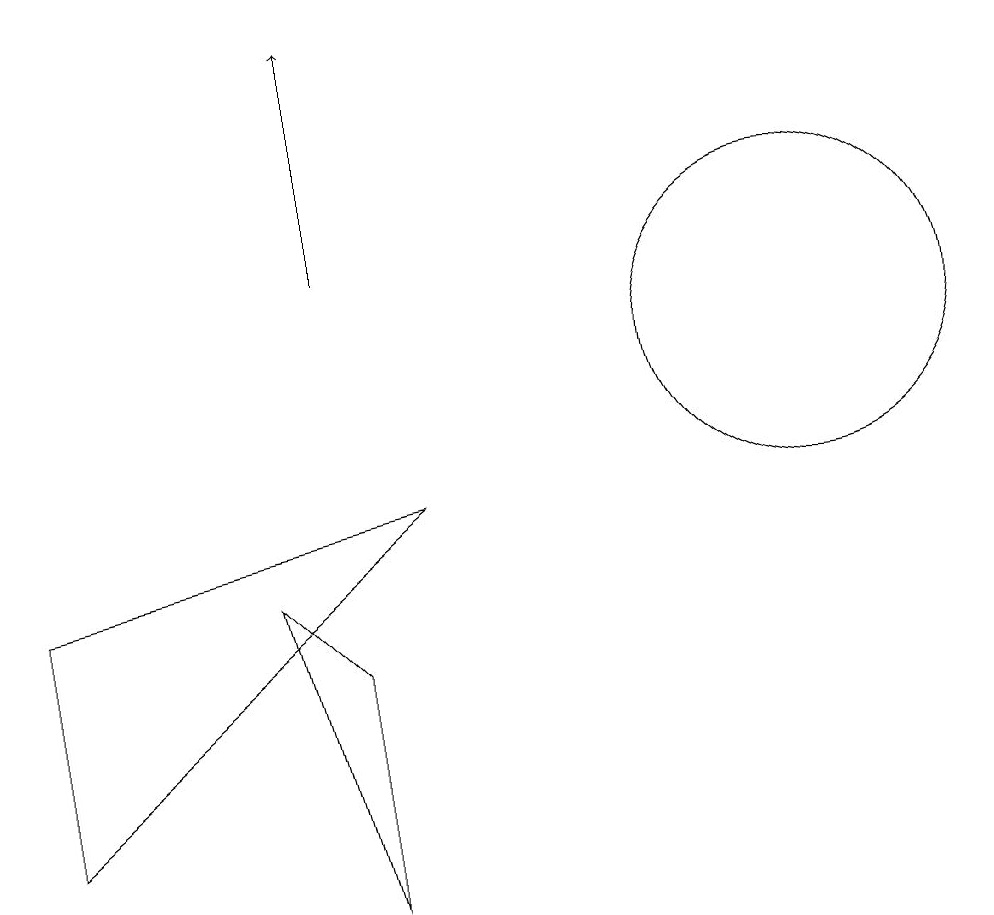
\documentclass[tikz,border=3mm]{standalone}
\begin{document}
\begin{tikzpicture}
\draw (7,8) -- (2,4) -- (2,7) -- cycle;
\draw[->] (6,11) -- (6,14);
\draw (5,7) -- (6,3) -- (6,6) -- cycle;
\draw (12,10) circle (2);
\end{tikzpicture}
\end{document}